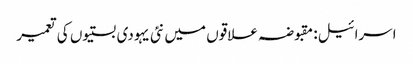
اسرائیل: مقبوضہ علاقوں میں نئی یہودی بستیوں کی تعمیر